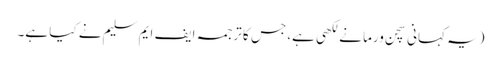
(یہ کہانی سچن ورما نے لکھی ہے، جس کا ترجمہ ایف ایم سلیم نے کیا ہے۔